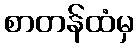
စာတန်ထံမှ